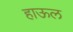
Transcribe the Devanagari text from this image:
हाऊल